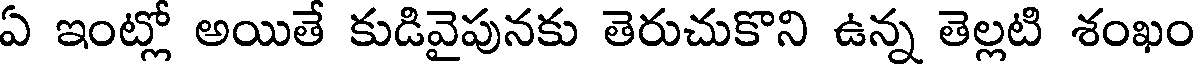
ఏ ఇంట్లో అయితే కుడివైపునకు తెరుచుకొని ఉన్న తెల్లటి శంఖం